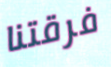
فرقتنا